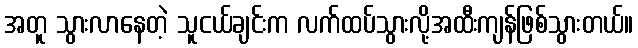
အတူ သွားလာနေတဲ့ သူငယ်ချင်းက လက်ထပ်သွားလို့အထီးကျန်ဖြစ်သွားတယ်။